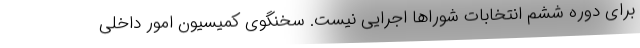
برای دوره ششم انتخابات شوراها اجرایی نیست. سخنگوی کمیسیون امور داخلی